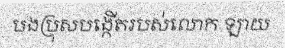
បងប្រុសបង្កើតរបស់លោក ឡាយ